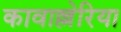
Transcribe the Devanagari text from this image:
कावाल्लेरिया